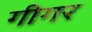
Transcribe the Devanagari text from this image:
गीगर